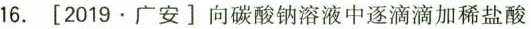
16.[2019.广安]向碳酸钠溶液中逐滴滴加稀盐酸